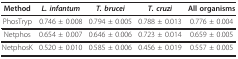
<table><thead><tr><td><b>Method</b></td><td><b><i>L. infantum</i></b></td><td><b><i>T. brucei</i></b></td><td><b><i>T. cruzi</i></b></td><td><b>All organisms</b></td></tr></thead><tbody><tr><td>PhosTryp</td><td>0.746 ± 0.008</td><td>0.794 ± 0.005</td><td>0.788 ± 0.013</td><td>0.776 ± 0.004</td></tr><tr><td>Netphos</td><td>0.654 ± 0.007</td><td>0.646 ± 0.006</td><td>0.723 ± 0.014</td><td>0.659 ± 0.005</td></tr><tr><td>NetphosK</td><td>0.520 ± 0.010</td><td>0.585 ± 0.006</td><td>0.456 ± 0.019</td><td>0.557 ± 0.005</td></tr></tbody></table>